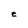
Character: e